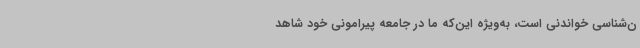
ن‌شناسی خواندنی است، به‌ویژه این‌که ما در جامعه پیرامونی خود شاهد